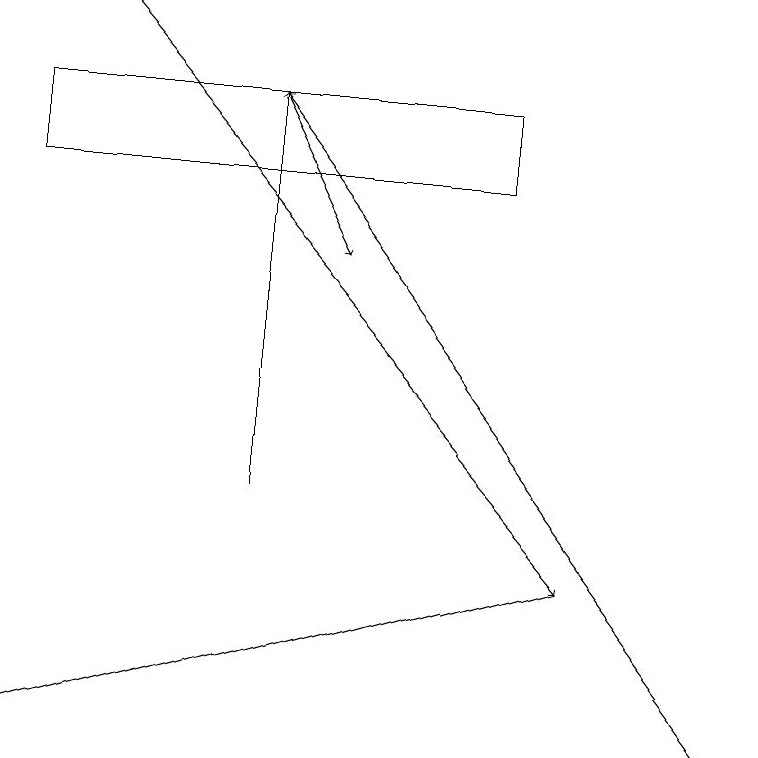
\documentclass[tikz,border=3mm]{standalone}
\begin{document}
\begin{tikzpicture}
\draw (6,18) rectangle (0,17);
\draw[->] (1,19) -- (7,12);
\draw[->] (7,12) -- (0,10);
\draw[->] (9,10) -- (3,18);
\draw[->] (3,13) -- (3,18);
\draw[->] (3,18) -- (4,16);
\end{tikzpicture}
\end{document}